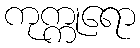
ကုက္ကုရော